Leaving Certificate Examination, 1916
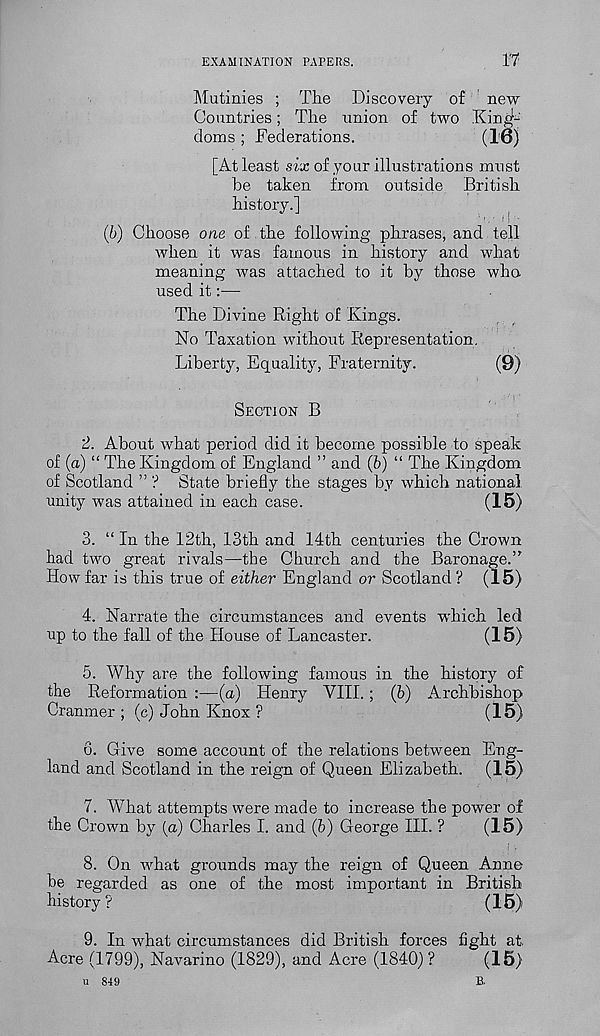
EXAMINATION PAPERS.
n
Mutinies ; The Discovery of new
Countries; The union of two King-
doms ; Federations.
(10)
[At least six of your illustrations must
he taken from outside British
history.]
' ' . ’ ! i '
(b) Choose one of the following phrases, and tell
when it was famous in history and what
meaning was attached to it by those who
used it:—
The Divine Right of Kings.
No Taxation without Representation.
Liberty, Equality, Fraternity.
(9)
SECTION B
2. About what period did it become possible to speak
of (a) “ The Kingdom of England ” and (6) “ The Kingdom
of Scotland ” ? State briefly the stages by which national
unity was attained in each case.
(15)
3. “ In the 12th, 13th and 14th centuries the Crown
had two great rivals—the Church and the Baronage.”
How far is this true of either England or Scotland ? (15)
4. Narrate the circumstances and events which led
up to the fall of the House of Lancaster.
(15)
5. Why are the following famous in the history of
the Reformation :—(a) Henry VIII. ; (b) Archbishop
Cranmer ; (c) John Knox ?
(15)
6. Give some account of the relations between Eng-
land and Scotland in the reign of Queen Elizabeth. (15)
7. W T hat attempts were made to increase the power of
the Crown by (a) Charles I. and (b) George III. ?
(15)
8. On what grounds may the reign of Queen Anne
be regarded as one of the most important in British
history?
(15)
9. In what circumstances did British forces light at
Acre (1799), Navarino (1829), and Acre (1840)?
(15)
u 849
B.